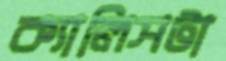
ক্যালিসটা